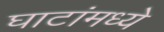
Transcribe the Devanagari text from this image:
घाटांमध्ये